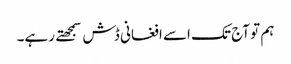
ہم تو آج تک اسے افغانی ڈش سمجهتے رہے۔